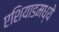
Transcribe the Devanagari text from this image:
एशियाडमध्ये